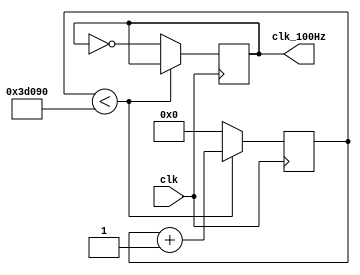
`timescale 1ns / 1ps
//////////////////////////////////////////////////////////////////////////////////
// Company: 
// Engineer: 
// 
// Design Name: 
// Module Name:    clock_div 
// Project Name: 
// Target Devices: 
// Tool versions: 
// Description: 
//
// Dependencies: 
//
// Revision: 
// Revision 0.01 - File Created
// Additional Comments: 
//
//////////////////////////////////////////////////////////////////////////////////
module clock_div(
	output reg clk_100Hz, // 100 Hz 
	input clk // 
	);
	parameter PULSESCOUNT = 18'h3_D090, // = 11_1101_0000_1001_0000(bin) (16bits)
				 RESETZERO = 18'h0;
	reg [17:0] counter; // , 18 bits (11_1101_0000_1001_0000(bin))
	// ,  100Hz 
	always @(posedge clk) begin // --  clock 
		if ( counter < PULSESCOUNT ) // -- 18'h3_D090  1/200(s)
			counter <= counter + 1'b1;
		else begin
			clk_100Hz <= ~clk_100Hz;
			counter <= RESETZERO;
		end
	end
endmodule